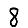
Digit: 8